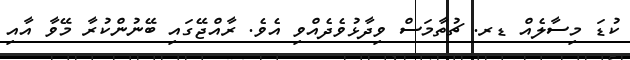
ކުޑަ މިސާލެއް ޑރ. ޗުތާމަސް ވިދާޅުވެދެއްވި އެވެ. ރާއްޖޭގައި ބޭނުންކުރާ މޭވާ އާއި